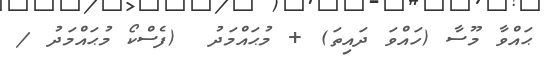
ޙައްވާ މޫސާ (ހައްވަ ދައިތަ) + މުޙައްމަދު  (ފެސްކޯ މުޙައްމަދު /